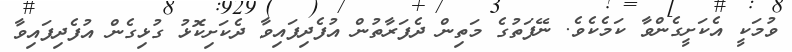
ވުމަކީ އެކަށީގެންވާ ކަމެކެވެ. ނޭފަތުގެ މަތިން ދެފަރާތުން އުފެދިފައިވާ ދެކަށިކޮޅު ގުޅިގެން އުފެދިފައިވާ